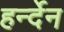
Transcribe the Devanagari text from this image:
हर्न्देन